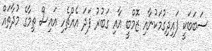
ސަބަބަކީ ފައިދިގުމަކުނާއި ޒޮމްބީ އާއި ގަބުރު ފަދަ އެއްޗެހި އައިސް ތިމާގެ މުދާތައް